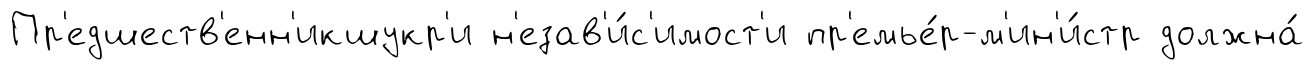
Пр'едшеств'енн'икшукр'и н'езав'и́с'имост'и пр'емье́р-м'ин'и́стр должна́